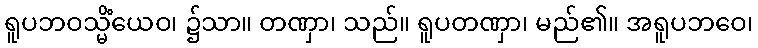
ရူပဘဝသ္မိံယေဝ၊ ၌သာ။ တဏှာ၊ သည်။ ရူပတဏှာ၊ မည်၏။ အရူပဘဝေ၊